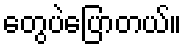
တွေပဲပြောတယ်။